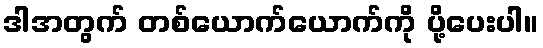
ဒါအတွက် တစ်ယောက်ယောက်ကို ပို့ပေးပါ။